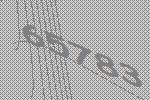
65783